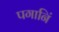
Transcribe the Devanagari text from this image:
पगानिं